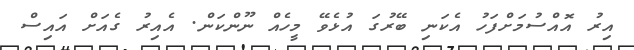
އިރު އޮއްސުމަށްފަހު އެކަނި ބޭރުގަ އުޅެވޭ މީހެއް ނޫންކަން. އެއިރު ގެއަށް އައިސް